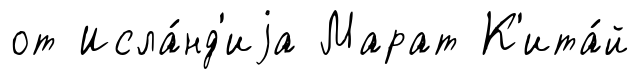
от Исла́нд'иjа Марат К'ита́й